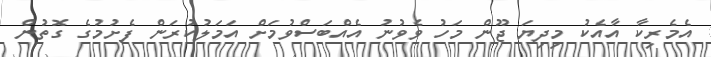
އެމެރިކާ އާއެކު މިދިޔަ ޖޫން މަހު ވެވުނު އެއްބަސްވުމަށް އަމަލުކުރަން ފެށުމުގެ ގޮތުން